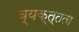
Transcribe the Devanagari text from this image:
व्यक्त्तता